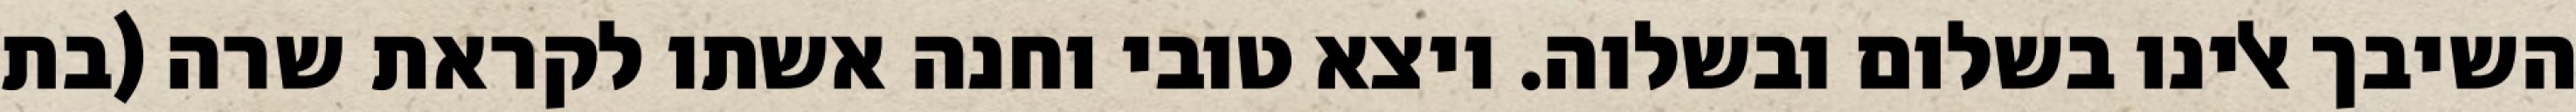
השיבך אלינו בשלום ובשלוה. ויצא טובי וחנה אשתו לקראת שרה (בת